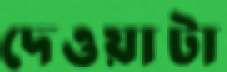
দেওয়াটা